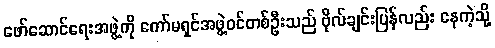
ဖော်ဆောင်ရေးအဖွဲ့ကို ကော်မရှင်အဖွဲ့ဝင်တစ်ဦးသည် ဗိုလ်ချင်းပြန်လည်း နေကဲ့သို့